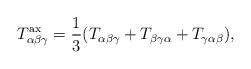
LaTeX: \begin{align*}T^\mathrm{ax}_{\alpha\beta\gamma}=\frac13(T_{\alpha\beta\gamma}+T_{\beta\gamma\alpha}+T_{\gamma\alpha\beta}),\end{align*}